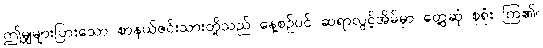
ဤမျှများပြားသော စာနယ်ဇင်းသားတို့သည် နေ့စဉ်ပင် ဆရာလွင့်အိမ်မှာ တွေ့ဆုံ စုရုံး ကြ၏။